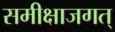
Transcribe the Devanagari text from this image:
समीक्षाजगत्